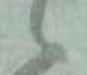
候